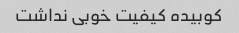
کوبیده کیفیت خوبی نداشت